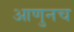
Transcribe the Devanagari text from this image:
आणुनच